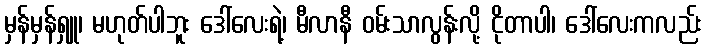
မှန်မှန်ရှူ၊ မဟုတ်ပါဘူး ဒေါ်လေးရဲ့၊ မီလာနီ ဝမ်းသာလွန်းလို့ ငိုတာပါ၊ ဒေါ်လေးကလည်း